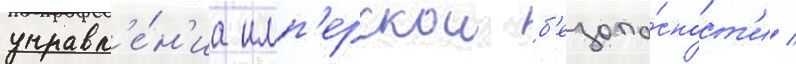
управл'е́н'иа имп'ерскои б'езопа́сност'и /